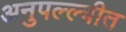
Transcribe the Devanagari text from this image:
अनुपल्ल्वीत